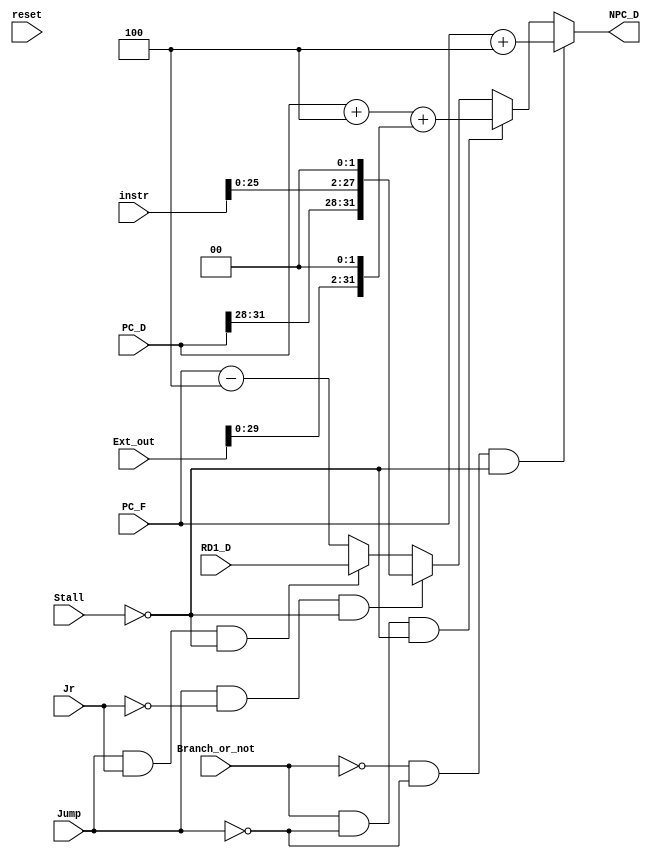
module D_NPC(
    input reset,
    input [31:0] PC_D,
    input [31:0] PC_F,
    input Branch_or_not,
    input [31:0] instr,
    input [31:0] Ext_out,
    input [31:0] RD1_D,
    input Jump,
    input Jr,
    input Stall,
    output [31:0] NPC_D
);
    reg [31:0] npc;  
    
    assign NPC_D = (Branch_or_not==0&&Jump==0 && !Stall) ? PC_F + 4 :  // 
                   (Branch_or_not==1&&Jump==0 && !Stall) ? PC_D + 4 + (Ext_out << 2) :   // beqI  
                   (Jump == 1 && Jr == 0 && !Stall) ? {PC_D[31:28],instr[25:0],1'b0,1'b0} :   // j
                   (Jump == 1 && Jr == 1 && !Stall) ? RD1_D   // jr
                   : PC_F - 4;

endmodule